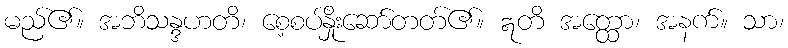
မည်၏။ အဘိသန္ဒဟတိ၊ စေ့စပ်နှိုးဆော်တတ်၏။ ဣတိ အတ္ထော၊ အနက်။ သာ၊